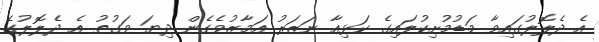
އެ ދެލޮލުގައިވާ މަޑުމުށިކުލައިގެ ކަޅިއާ ނަޒަރު އަމާޒުވެގެން ދިޔަ ވަގުތު އެ ދެލޮލުގެ